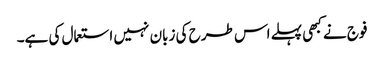
فوج نے کبھی پہلے اس طرح کی زبان نہیں استعمال کی ہے۔